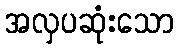
အလှပဆုံးသော